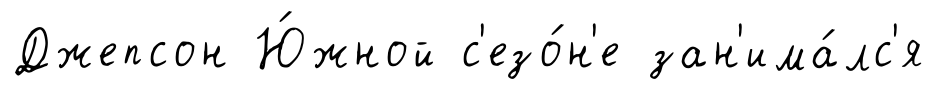
Джепсон Ю́жной с'езо́н'е зан'има́лс'я